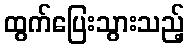
ထွက်ပြေးသွားသည့်